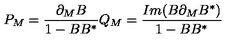
P _ { M } = \frac { \partial _ { M } B } { 1 - B B ^ { * } } Q _ { M } = \frac { I m ( B \partial _ { M } B ^ { * } ) } { 1 - B B ^ { * } }